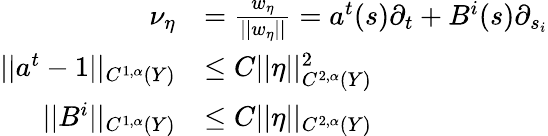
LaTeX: \begin{array}{rl}{\nu_{\eta}}&{=\frac{w_{\eta}}{||w_{\eta}||}=a^{t}(s)\partial_{t}+B^{i}(s)\partial_{s_{i}}}\\ {||a^{t}-1||_{C^{1,\alpha}(Y)}}&{\leq C||\eta||_{C^{2,\alpha}(Y)}^{2}}\\ {||B^{i}||_{C^{1,\alpha}(Y)}}&{\leq C||\eta||_{C^{2,\alpha}(Y)}}\end{array}